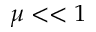
\mu < < 1